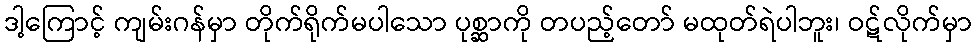
ဒါ့ကြောင့် ကျမ်းဂန်မှာ တိုက်ရိုက်မပါသော ပုစ္ဆာကို တပည့်တော် မထုတ်ရဲပါဘူး၊ ဝဋ်လိုက်မှာ